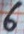
Text: 6